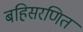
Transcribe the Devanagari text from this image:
बहिसरणित